Enquiry on enteric fever in India - Number 32
Disease focus: Fever
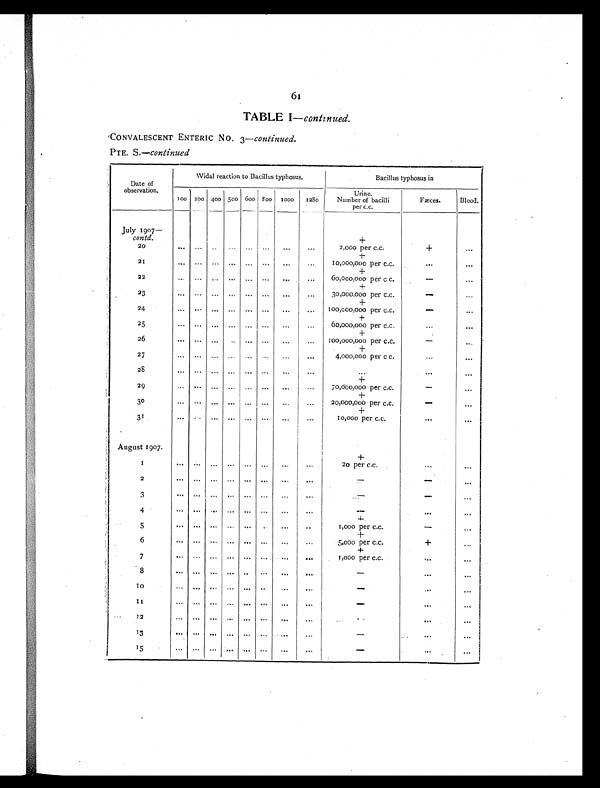
61
TABLE I — continued.
CONVALESCENT ENTERIC NO. 3— continued.
PTE. S.— continued
Date of
observation.
Widal reaction to Bacillus typhosus.
Bacillus typhosus in
100 200 400 500
6 0 0
8 0 0
1000
1280
Urine.
Number of bacilli
per c.c.
Fæces.
Blood.
July 1907—
contd.
+
20
...
. . .
. . .
. . .
. . .
. . . ...
...
2,000 per c.c.
+
. . .
.
+
21
...
. . .
. . .
. . .
. . .
. . . ...
. . .
10,000,000 per c.c.
. . . . . .
+
22
...
. . .
. . .
. . .
. . .
. . . ...
...
60,000,000 per c.c.
- . . .
+
23
. . . . . .
. . .
. . .
. . .
...
. . .
...
30,000,000 per c.c.
- . . .
+
24
...
. . .
. . .
. . .
. . .
. . .
. . .
. . .
100,000,000 per c.c.
-
. . .
+
2 5
...
. . .
. . .
. . .
. . .
. . .
...
. . .
60,000,000 per c.c.
. . . . . .
+
26
...
. . .
. . .
. . .
. . .
. . .
...
...
100,000,000 per c.c.
- ...
+
27
...
. . .
. . .
. . .
. . .
. . .
...
. . .
4,000,000 per c c.
. . . . . .
28
....
. . .
. . .
. . .
. . .
. . .
...
...
...
. . . ...
+
29
...
. . .
. . .
. . .
. . .
. . .
...
. . .
70,000,000 per c.c.
- . . .
+
30
...
. . .
. . .
. . .
. . .
. . .
...
. . .
20,000,000 per c.c.
- . . .
+
31
...
. . .
. . .
. . .
. . .
. . .
...
. . .
10,000 per c.c.
. . .
. . .
August 1907.
+
1
...
. . . ...
...
...
...
...
...
20 per c.c.
...
...
2
...
. . .
. . .
. . .
. . .
. . .
...
. . .
-
- ...
3
...
. . .
. . .
. . .
. . .
. . .
. . .
. . .
-
- . . .
4
...
. . .
. . .
. . .
. . .
. . .
. . .
. . .
-
. . .
. . .
+
5
...
. . .
. . .
. . .
. . . . . .
...
. . .
1,000 per c.c.
- ...
+
6
...
. . .
. . .
. . .
. . .
. . . ...
. . .
5,000 per c.c.
+
. . .
+
7
...
. . .
. . .
. . .
. . .
. . .
. . .
...
1,000 per c.c
...
. . .
8
...
. . .
. . .
. . .
. . .
. . . ...
. . .
- . . .
. . .
1 0
...
. . .
. . .
. . .
. . .
. . .
. . .
. . .
- . . .
. . .
1 1
...
. . .
. . .
. . .
. . .
. . . ...
. . .
- . . .
. . .
1 2
...
. . .
. . .
. . .
. . .
. . . . . .
. . .
- . . .
. . .
13
...
. . .
. . .
. . .
. . .
. . .
. . .
. . .
- . . .
. . .
15
...
. . .
. . .
. . .
. . .
. . . ...
...
- . . .
. . .